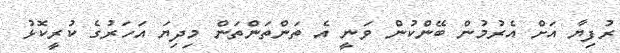
ރުފިޔާ އަށް އެރުމުން ބޭންކުން ވަނީ އެ ތަންތަންތަން މިދިޔަ އަހަރުގެ ކުރީކޮޅު